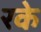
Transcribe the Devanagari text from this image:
रके